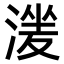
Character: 𣹶